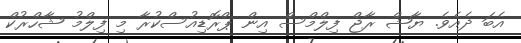
އެބަ ދެއެވެ. ޔާޝް ރާޖް ފިލްމްސް އިން ޕްރޮޑިއުސްކުރާ މި ފިލްމު ޝާހްރުކް